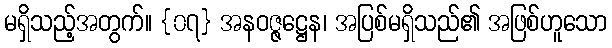
မရှိသည့်အတွက်။ {၀၇} အနဝဇ္ဇဋ္ဌေန၊ အပြစ်မရှိသည်၏ အဖြစ်ဟူသော